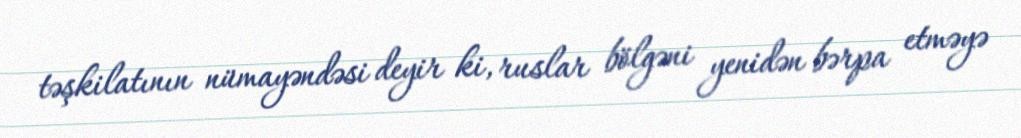
təşkilatının nümayəndəsi deyir ki, ruslar bölgəni yenidən bərpa etməyə